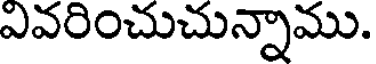
ఎవరించుచున్నాము.